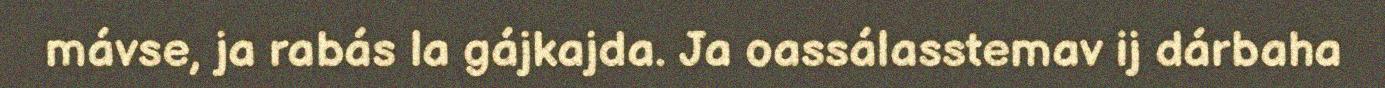
mávse, ja rabás la gájkajda. Ja oassálasstemav ij dárbaha